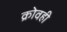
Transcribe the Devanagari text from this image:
क्रोवही